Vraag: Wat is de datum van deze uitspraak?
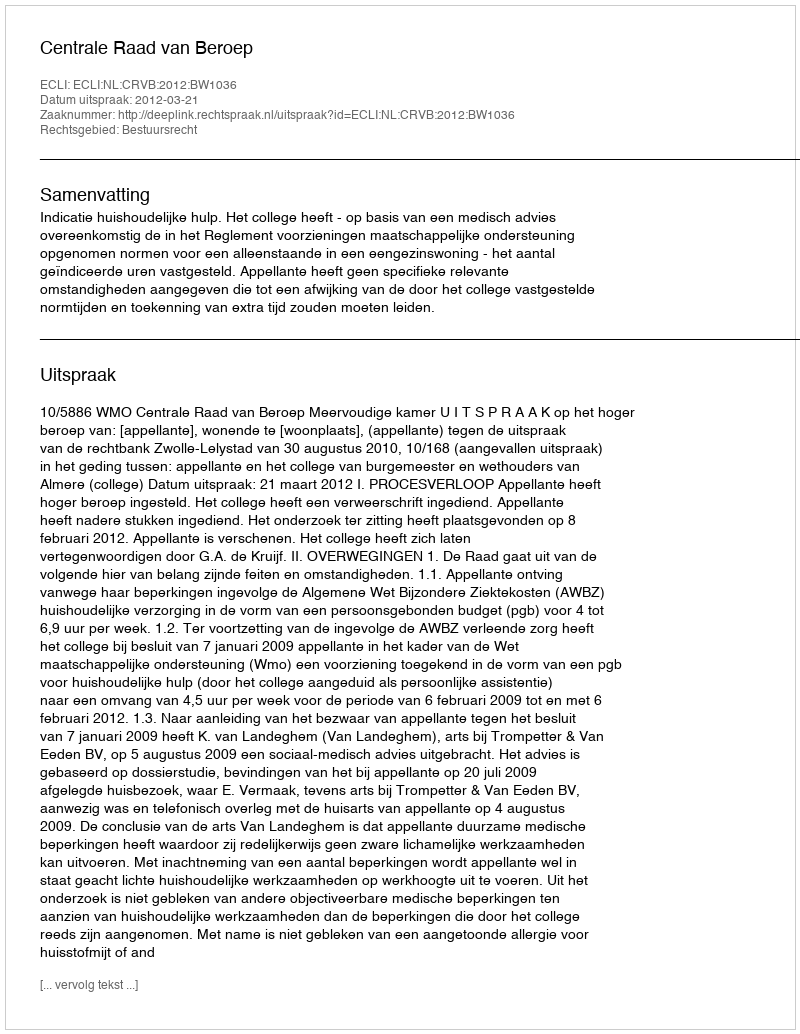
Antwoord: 2012-03-21